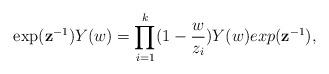
LaTeX: \begin{align*}\exp(\mathbf{z}^{-1})Y(w)=\prod^k_{i=1}(1-\frac{w}{z_i})Y(w)exp(\mathbf{z}^{-1}),\end{align*}